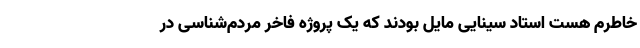
خاطرم هست استاد سینایی مایل بودند که یک پروژه فاخر مردم‌شناسی در